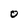
Character: O